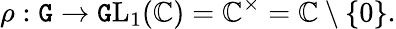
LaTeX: \rho:\mathtt{G}\to{\mathrm{{\mathtt{G}L}}}_{1}(\mathbb{{C}})=\mathbb{{C}}^{\times}=\mathbb{{C}}\setminus\{ 0\} .